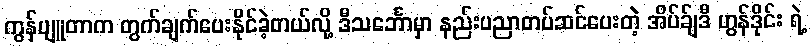
ကွန်ပျူတာက တွက်ချက်ပေးနိုင်ခဲ့တယ်လို့ ဒီသင်္ဘောမှာ နည်းပညာတပ်ဆင်ပေးတဲ့ အိပ်ခ်ျဒီ ဟွန်ဒိုင်း ရဲ့